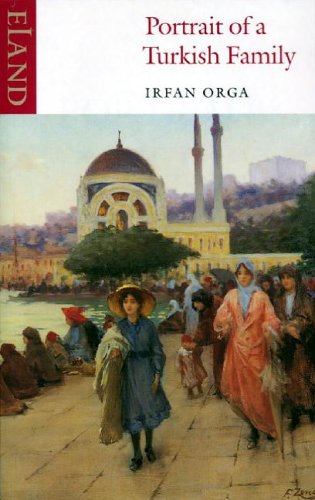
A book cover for Portrait of a Turkish Family; Irfan Orga; Travel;